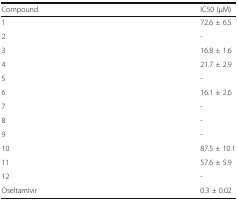
<table><thead><tr><td><b>Compound</b></td><td><b>IC50 (μM)</b></td></tr></thead><tbody><tr><td>1</td><td>72.6 ± 6.5</td></tr><tr><td>2</td><td>-</td></tr><tr><td>3</td><td>16.8 ± 1.6</td></tr><tr><td>4</td><td>21.7 ± 2.9</td></tr><tr><td>5</td><td>-</td></tr><tr><td>6</td><td>16.1 ± 2.6</td></tr><tr><td>7</td><td>-</td></tr><tr><td>8</td><td>-</td></tr><tr><td>9</td><td>-</td></tr><tr><td>10</td><td>87.5 ± 10.1</td></tr><tr><td>11</td><td>57.6 ± 5.9</td></tr><tr><td>12</td><td>-</td></tr><tr><td>Oseltamivir</td><td>0.3 ± 0.02</td></tr></tbody></table>